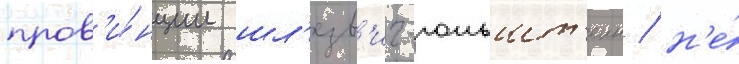
пров'и́нции шл'езв'иг-гольшт'еин / н'е́